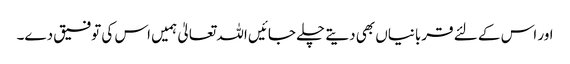
اور اس کے لئے قربانیاں بھی دیتے چلے جائیں اللہ تعالیٰ ہمیں اس کی توفیق دے۔